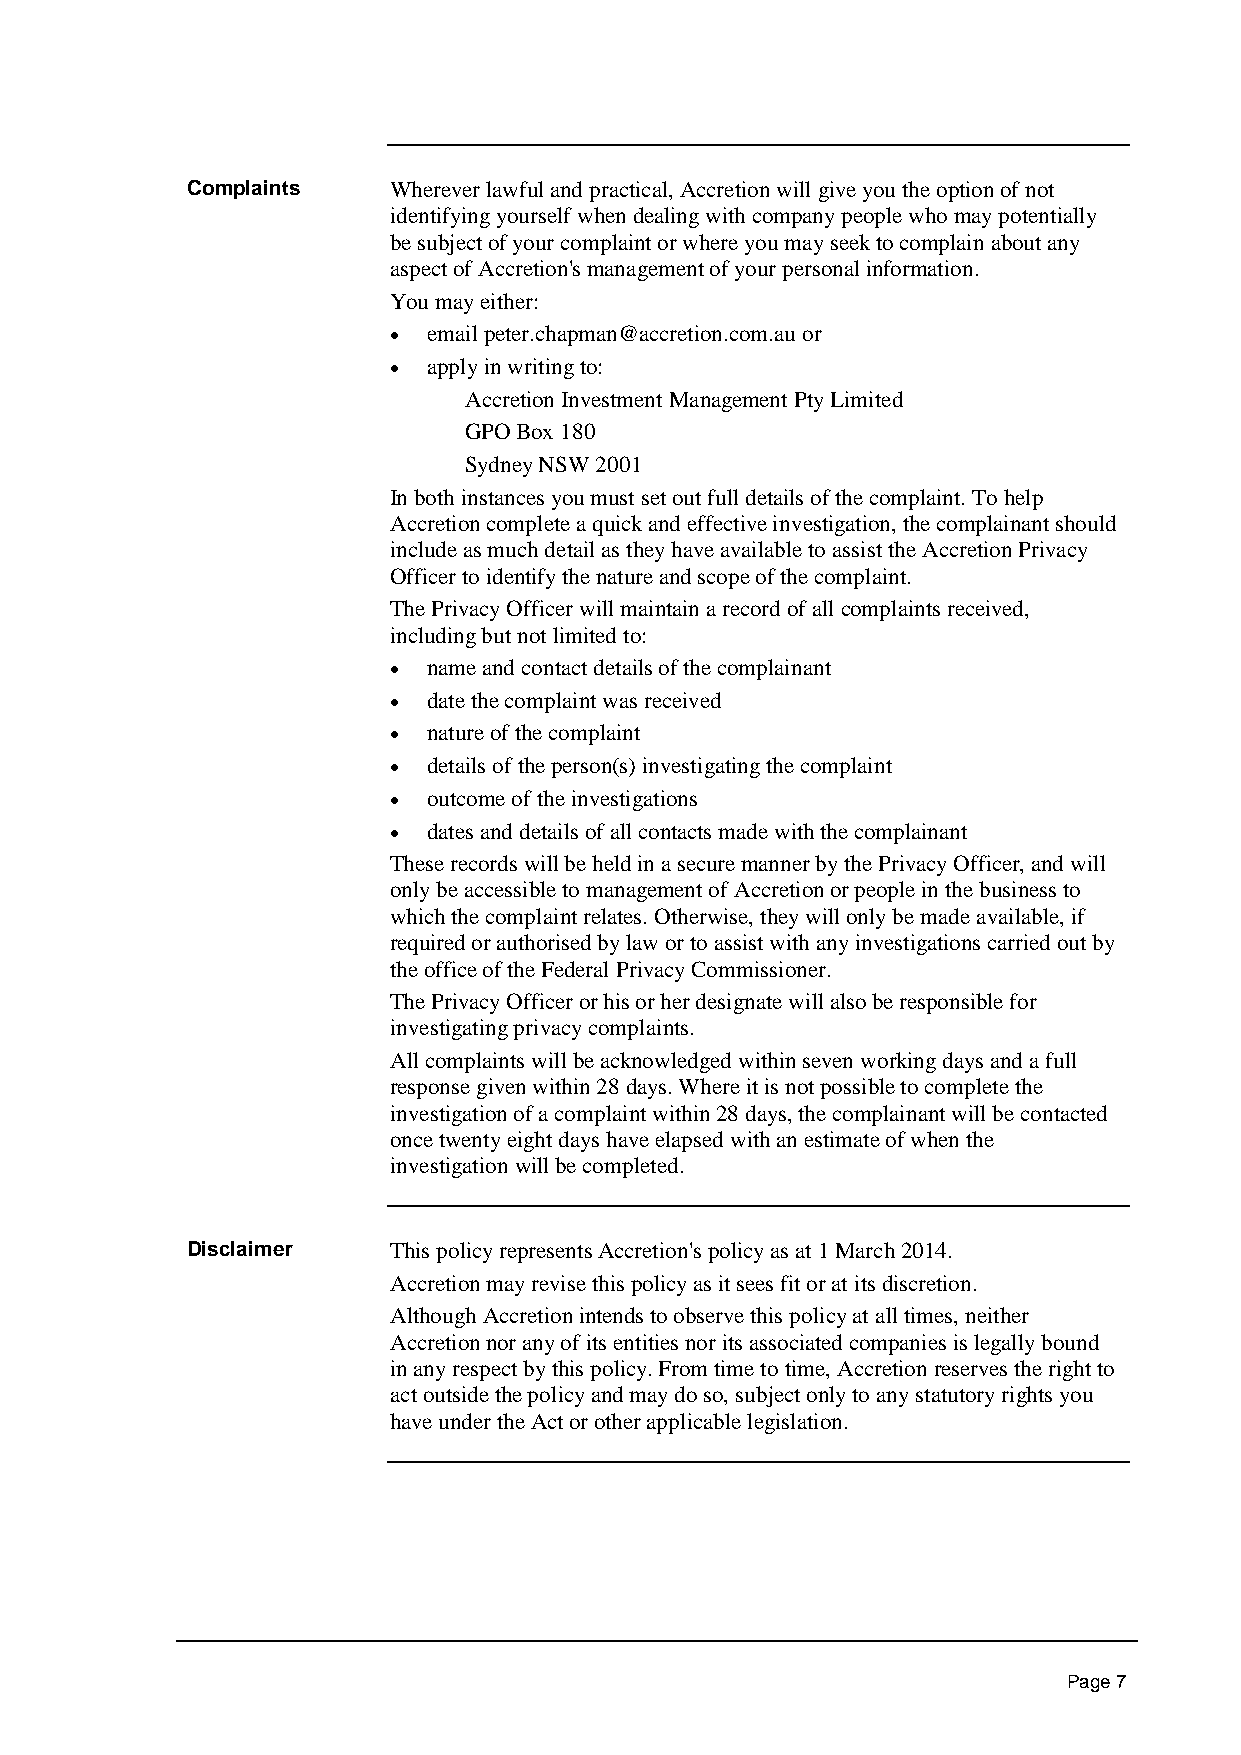
Complaints    Wherever lawful and practical, Accretion will give you the option of not
 identifying yourself when dealing with company people who may potentially
 be subject of your complaint or where you may seek to complain about any
 aspect of Accretion's management of your personal information.
 You may either:
  email peter.chapman@accretion.com.au or
  apply in writing to:
 Accretion Investment Management Pty Limited
 GPO Box 180
 Sydney NSW 2001
 In both instances you must set out full details of the complaint. To help
 Accretion complete a quick and effective investigation, the complainant should
 include as much detail as they have available to assist the Accretion Privacy
 Officer to identify the nature and scope of the complaint.
 The Privacy Officer will maintain a record of all complaints received,
 including but not limited to:
  name and contact details of the complainant
  date the complaint was received
  nature of the complaint
  details of the person(s) investigating the complaint
  outcome of the investigations
  dates and details of all contacts made with the complainant
 These records will be held in a secure manner by the Privacy Officer, and will
 only be accessible to management of Accretion or people in the business to
 which the complaint relates. Otherwise, they will only be made available, if
 required or authorised by law or to assist with any investigations carried out by
 the office of the Federal Privacy Commissioner.
 The Privacy Officer or his or her designate will also be responsible for
 investigating privacy complaints.
 All complaints will be acknowledged within seven working days and a full
 response given within 28 days. Where it is not possible to complete the
 investigation of a complaint within 28 days, the complainant will be contacted
 once twenty eight days have elapsed with an estimate of when the
 investigation will be completed.
 Disclaimer    This policy represents Accretion's policy as at 1 March 2014.
 Accretion may revise this policy as it sees fit or at its discretion.
 Although Accretion intends to observe this policy at all times, neither
 Accretion nor any of its entities nor its associated companies is legally bound
 in any respect by this policy. From time to time, Accretion reserves the right to
 act outside the policy and may do so, subject only to any statutory rights you
 have under the Act or other applicable legislation.
 Page 7